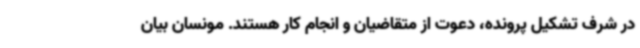
در شرف تشکیل پرونده، دعوت از متقاضیان و انجام کار هستند. مونسان بیان